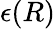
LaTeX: \epsilon(R)